Annual administration report of the Civil Veterinary Department, Ajmere-Merwara, British Rajputana - 1914-1940
Year: 1914
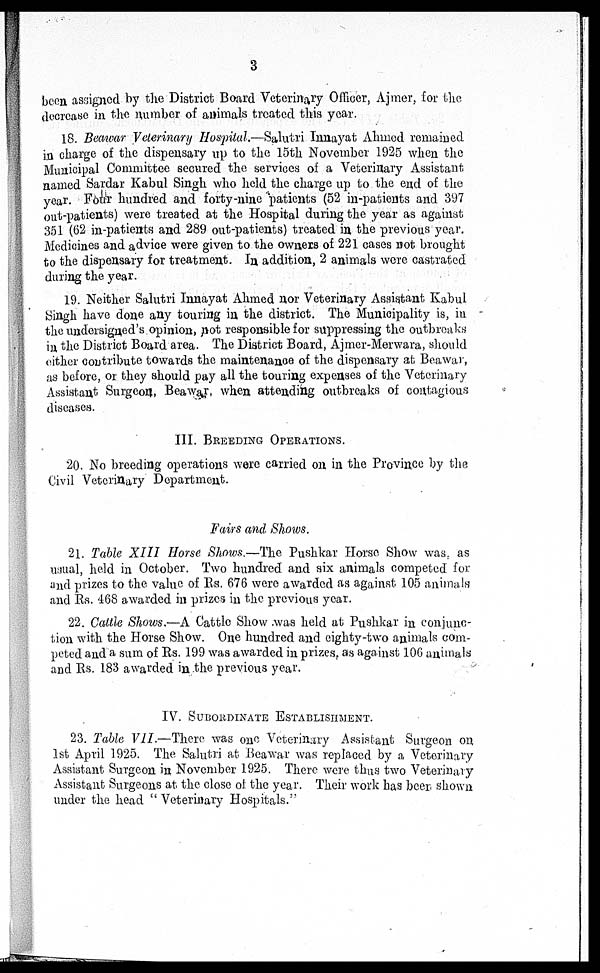
3
been assigned by the District Board Veterinary Officer, Ajmer, for the
decrease in the number of animals treated this year.
18. Beawar Veterinary Hospital.—Salutri Innayat Ahmed remained
in charge of the dispensary up to the 15th November 1925 when the
Municipal Committee secured the services of a Veterinary Assistant
named Sardar Kabul Singh who held the charge up to the end of the
year. Four hundred and forty-nine patients (52 in-patients and 397
out-patients) were treated at the Hospital during the year as against
351 (62 in-patients and 289 out-patients) treated in the previous year.
Medicines and advice were given to the owners of 221 cases not brought
to the dispensary for treatment. In addition, 2 animals were castrated
during the year.
19. Neither Salutri Innayat Ahmed nor Veterinary Assistant Kabul
Singh have done any touring in the district. The Municipality is, in
the undersigned's opinion, not responsible for suppressing the outbreaks
in the District Board area. The District Board, Ajmer-Merwara, should
either contribute towards the maintenance of the dispensary at Beawar,
as before, or they should pay all the touring expenses of the Veterinary
Assistant Surgeon, Beawar, when attending outbreaks of contagious
diseases.
III. BREEDING OPERATIONS.
20. No breeding operations were carried on in the Province by the
Civil Veterinary Department.
Fairs and Shows.
21. Table XIII Horse Shows.—The Pushkar Horse Show was, as
usual, held in October. Two hundred and six animals competed for
and prizes to the value of Rs. 676 were awarded as against 105 animals
and Rs. 468 awarded in prizes in the previous year.
22. Cattle Shows.—A Cattle Show was held at Pushkar in conjunc-
tion with the Horse Show. One hundred and eighty-two animals com-
peted and a sum of Rs. 199 was awarded in prizes, as against 106 animals
and Rs. 183 awarded in the previous year.
IV. SUBORDINATE ESTABLISHMENT.
23. Table VII.—There was one Veterinary Assistant Surgeon on
1st April 1925. The Salutri at Beawar was replaced by a Veterinary
Assistant Surgeon in November 1925. There were thus two Veterinary
Assistant Surgeons at the close of the year. Their work has been shown
under the head "Veterinary Hospitals."